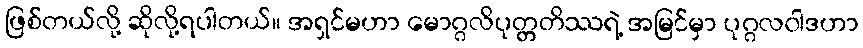
ဖြစ်တယ်လို့ ဆိုလို့ရပါတယ်။ အရှင်မဟာ မောဂ္ဂလိပုတ္တတိဿရဲ့ အမြင်မှာ ပုဂ္ဂလဝါဒဟာ